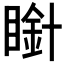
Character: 𭿒